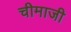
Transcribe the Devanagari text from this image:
चीमाजी